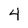
Character: 4